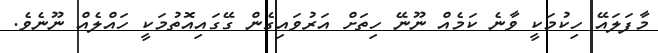
މާފަލައޭ ހިކުމަކީ ވާނެ ކަމެއް ނޫނޭ ހިތަށް އަރުވައިގެން ގޭގައިއޮތުމަކީ ހައްލެއް ނޫނެވެ.